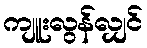
ကျူးလွန်လျှင်